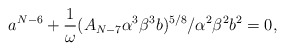
\begin{align*}a^{N-6}+\frac{1}{\omega} (A_{N-7}\alpha^3 \beta^3 b)^{5/8}/\alpha^2 \beta^2 b^2=0, \end{align*}